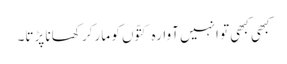
کبھی کبھی تو انہیں آوارہ کتّوں کو مار کر کھانا پڑتا۔